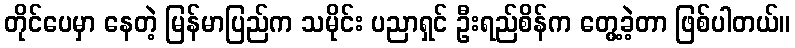
တိုင်ပေမှာ နေတဲ့ မြန်မာပြည်က သမိုင်း ပညာရှင် ဦးရည်စိန်က တွေ့ခဲ့တာ ဖြစ်ပါတယ်။